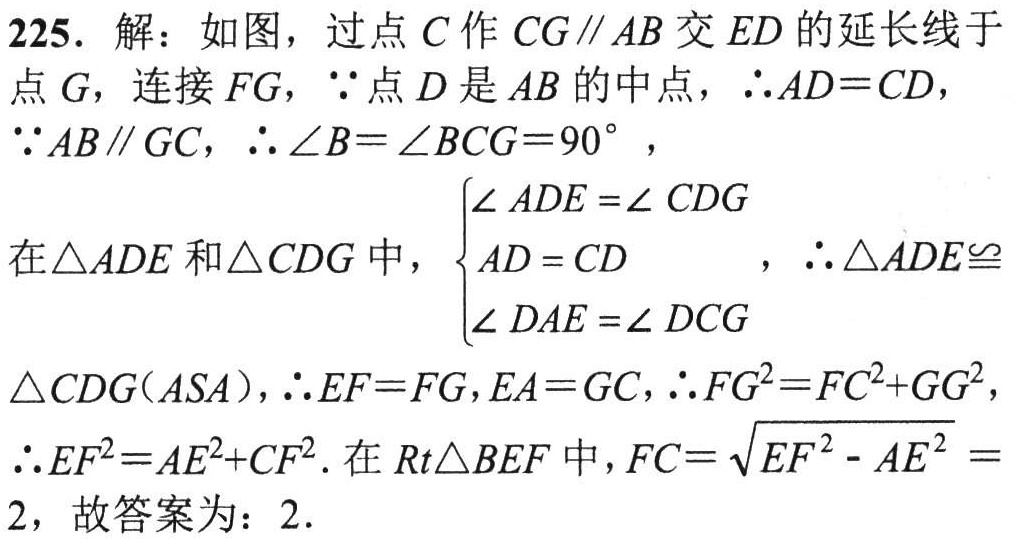
225. 解：如图，过点\(C\)作\(CG\parallel AB\)交\(ED\)的延长线于点\(G\)，连接\(FG\)，\(\because\)点\(D\)是\(AB\)的中点，\(\therefore AD = CD\)，
\(\because AB\parallel GC\)，\(\therefore\angle B=\angle BCG = 90^{\circ}\)，
在\(\triangle ADE\)和\(\triangle CDG\)中，\(\begin{cases}
\angle ADE=\angle CDG\\
AD = CD\\
\angle DAE=\angle DCG
\end{cases}\)，\(\therefore\triangle ADE\cong\triangle CDG(ASA)\)，\(\therefore EF = FG\)，\(EA = GC\)，\(\therefore FG^{2}=FC^{2}+GG^{2}\)，
\(\therefore EF^{2}=AE^{2}+CF^{2}\). 在\(Rt\triangle BEF\)中，\(FC=\sqrt{EF^{2}-AE^{2}} = 2\)，故答案为：\(2\).